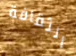
الثقافة